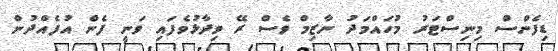
ޑިފެންސް މިނިސްޓަރު މުހައްމަދު ނާޒިމް ވެސް ރޭ ވިދާޅުވެފައި ވަނީ ފެން އުފެއްދުން